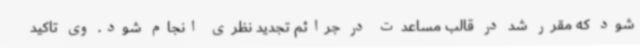
شود که مقرر شد در قالب مساعدت در جرائم تجدید نظری انجام شود. وی تاکید